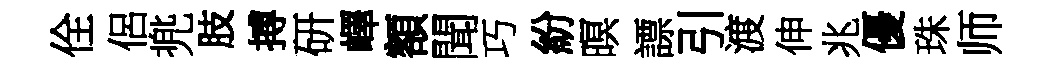
佺侶兠肢搏研嶧額聞巧紛暝謤引渡伸兆優珠师